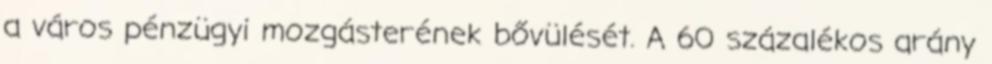
a város pénzügyi mozgásterének bővülését. A 60 százalékos arány